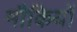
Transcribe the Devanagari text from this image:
मौकियों